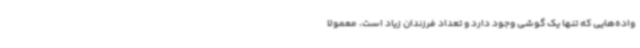
واده‌هایی که تنها یک گوشی وجود دارد و تعداد فرزندان زیاد است، معمولا